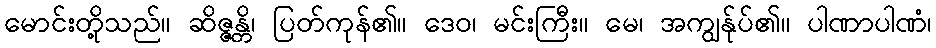
မောင်းတို့သည်။ ဆိဇ္ဇန္တိ၊ ပြတ်ကုန်၏။ ဒေဝ၊ မင်းကြီး။ မေ၊ အကျွန်ုပ်၏။ ပါဏာပါဏံ၊